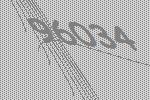
96034